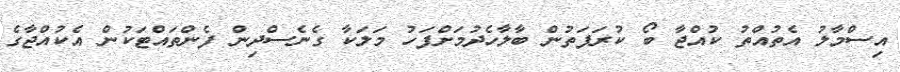
އިސްމާލު އެތުއްތު ކުއްޖާ ބޯ ކުރަފަތުން ބާލާހެދުމަށްފަހު މަލަކާ ގެނެސްދިން ފެންތައްޓަކުން އެކުއްޖާގެ